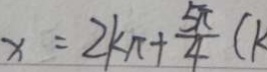
x = 2 k \pi + \frac { 5 \pi } { 4 } ( k